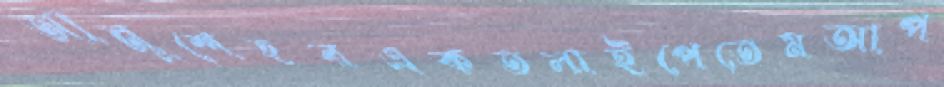
আনুশেহরএকতলাইপেতেমআপ